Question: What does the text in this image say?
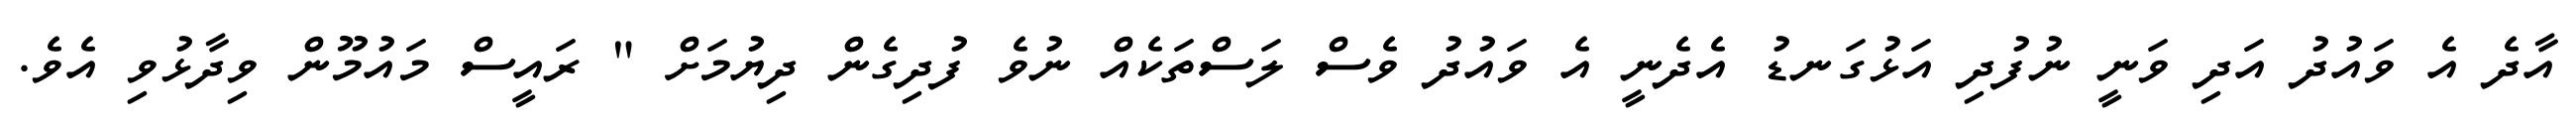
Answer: އާދެ އެ ވައުދު އަދި ވަނީ ނުފުދި އަޅުގަނޑު އެދެނީ އެ ވައުދު ވެސް ލަސްތަކެއް ނުވެ ފުދިގެން ދިޔުމަށް " ރައީސް މައުމޫން ވިދާޅުވި އެވެ.